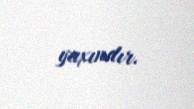
yaxındır.